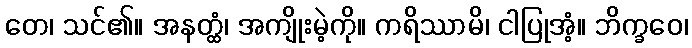
တေ၊ သင်၏။ အနတ္ထံ၊ အကျိုးမဲ့ကို။ ကရိဿာမိ၊ ငါပြုအံ့။ ဘိက္ခဝေ၊